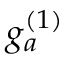
g _ { a } ^ { ( 1 ) }